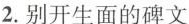
2.别开生面的碑文